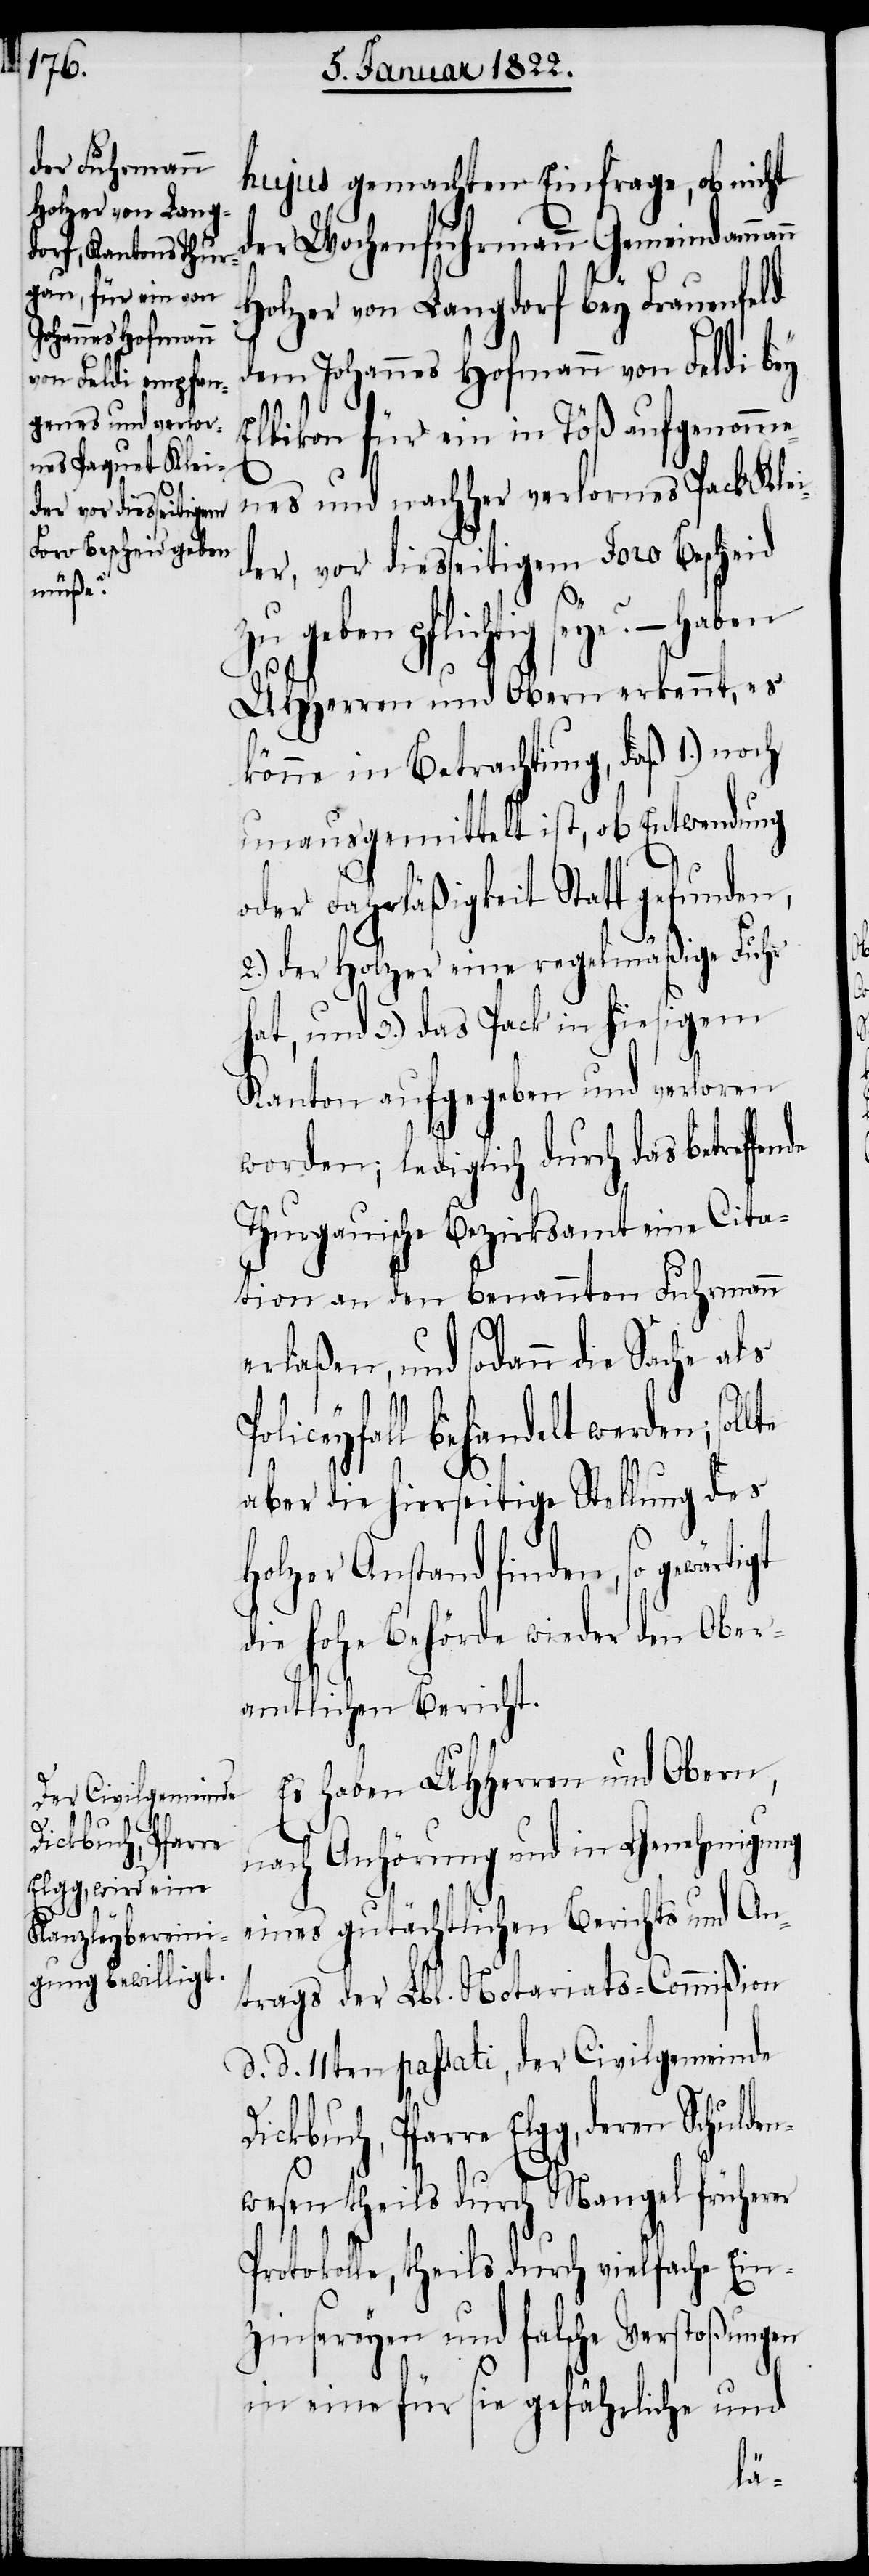
Dickbuch, Pfarre
n

hujus gemachten Einfrage, ob nicht
der Wochenfuhrmann Gemeindamman¬
Holzer von Langdorf bey Frauenfeld
dem Johannes Hofmann von Feldi bey
Ellikon für ein in Töß aufgenomme¬
nes und nachher verlornes Pack Klei¬
der, vor diesseitigem Foro Bescheid
zu geben pflichtig seye?
UHHerren und Obern erkennt, es
könne in Betrachtung, daß 1.) noch
unausgemittelt ist, ob Entwendung
oder Fahrläßigkeit Statt gefunden,
2.) der Holzer eine regelmäßige Fuhr
hat, und 3.) das Pack in hiesigem
Kanton aufgegeben und verloren
worden; lediglich durch das betreffe¬
Thurgauische Bezirksamt eine Cita¬
tion an den benannten Fuhrmann
nde
erlaßen, und sodann die Sache als
Elgg, deren Schulden¬
aber die hierseitige Stellung des
Holzer Anstand finden, so gewärt¬
die Hohe Behörde wieder den Ober¬
amtlichen Bericht.
Es haben UHHerren und Obern,
nach Anhörung und in Genehmigung
eines gutächtlichen Berichtes und An¬
trages der Lbl. Notariats-Commißion
d. d. 11ten passati, der Civilgemeinde
wesen theils durch Mangel früherer
igt
Protokolle, theils durch vielfache Ein¬
zinsereyen und falsche Verstoßungen
in eine für sie gefährliche und
Po¬